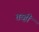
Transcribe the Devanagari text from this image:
तब्हीं